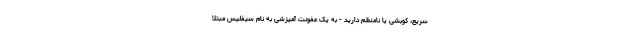
سریع، کوبشی یا نامنظم دارید - به یک عفونت آمیزشی به نام سیفلیس مبتلا